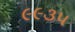
૯૯૩૫